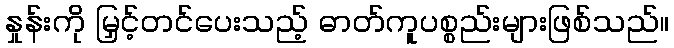
နှုန်းကို မြှင့်တင်ပေးသည့် ဓာတ်ကူပစ္စည်းများဖြစ်သည်။